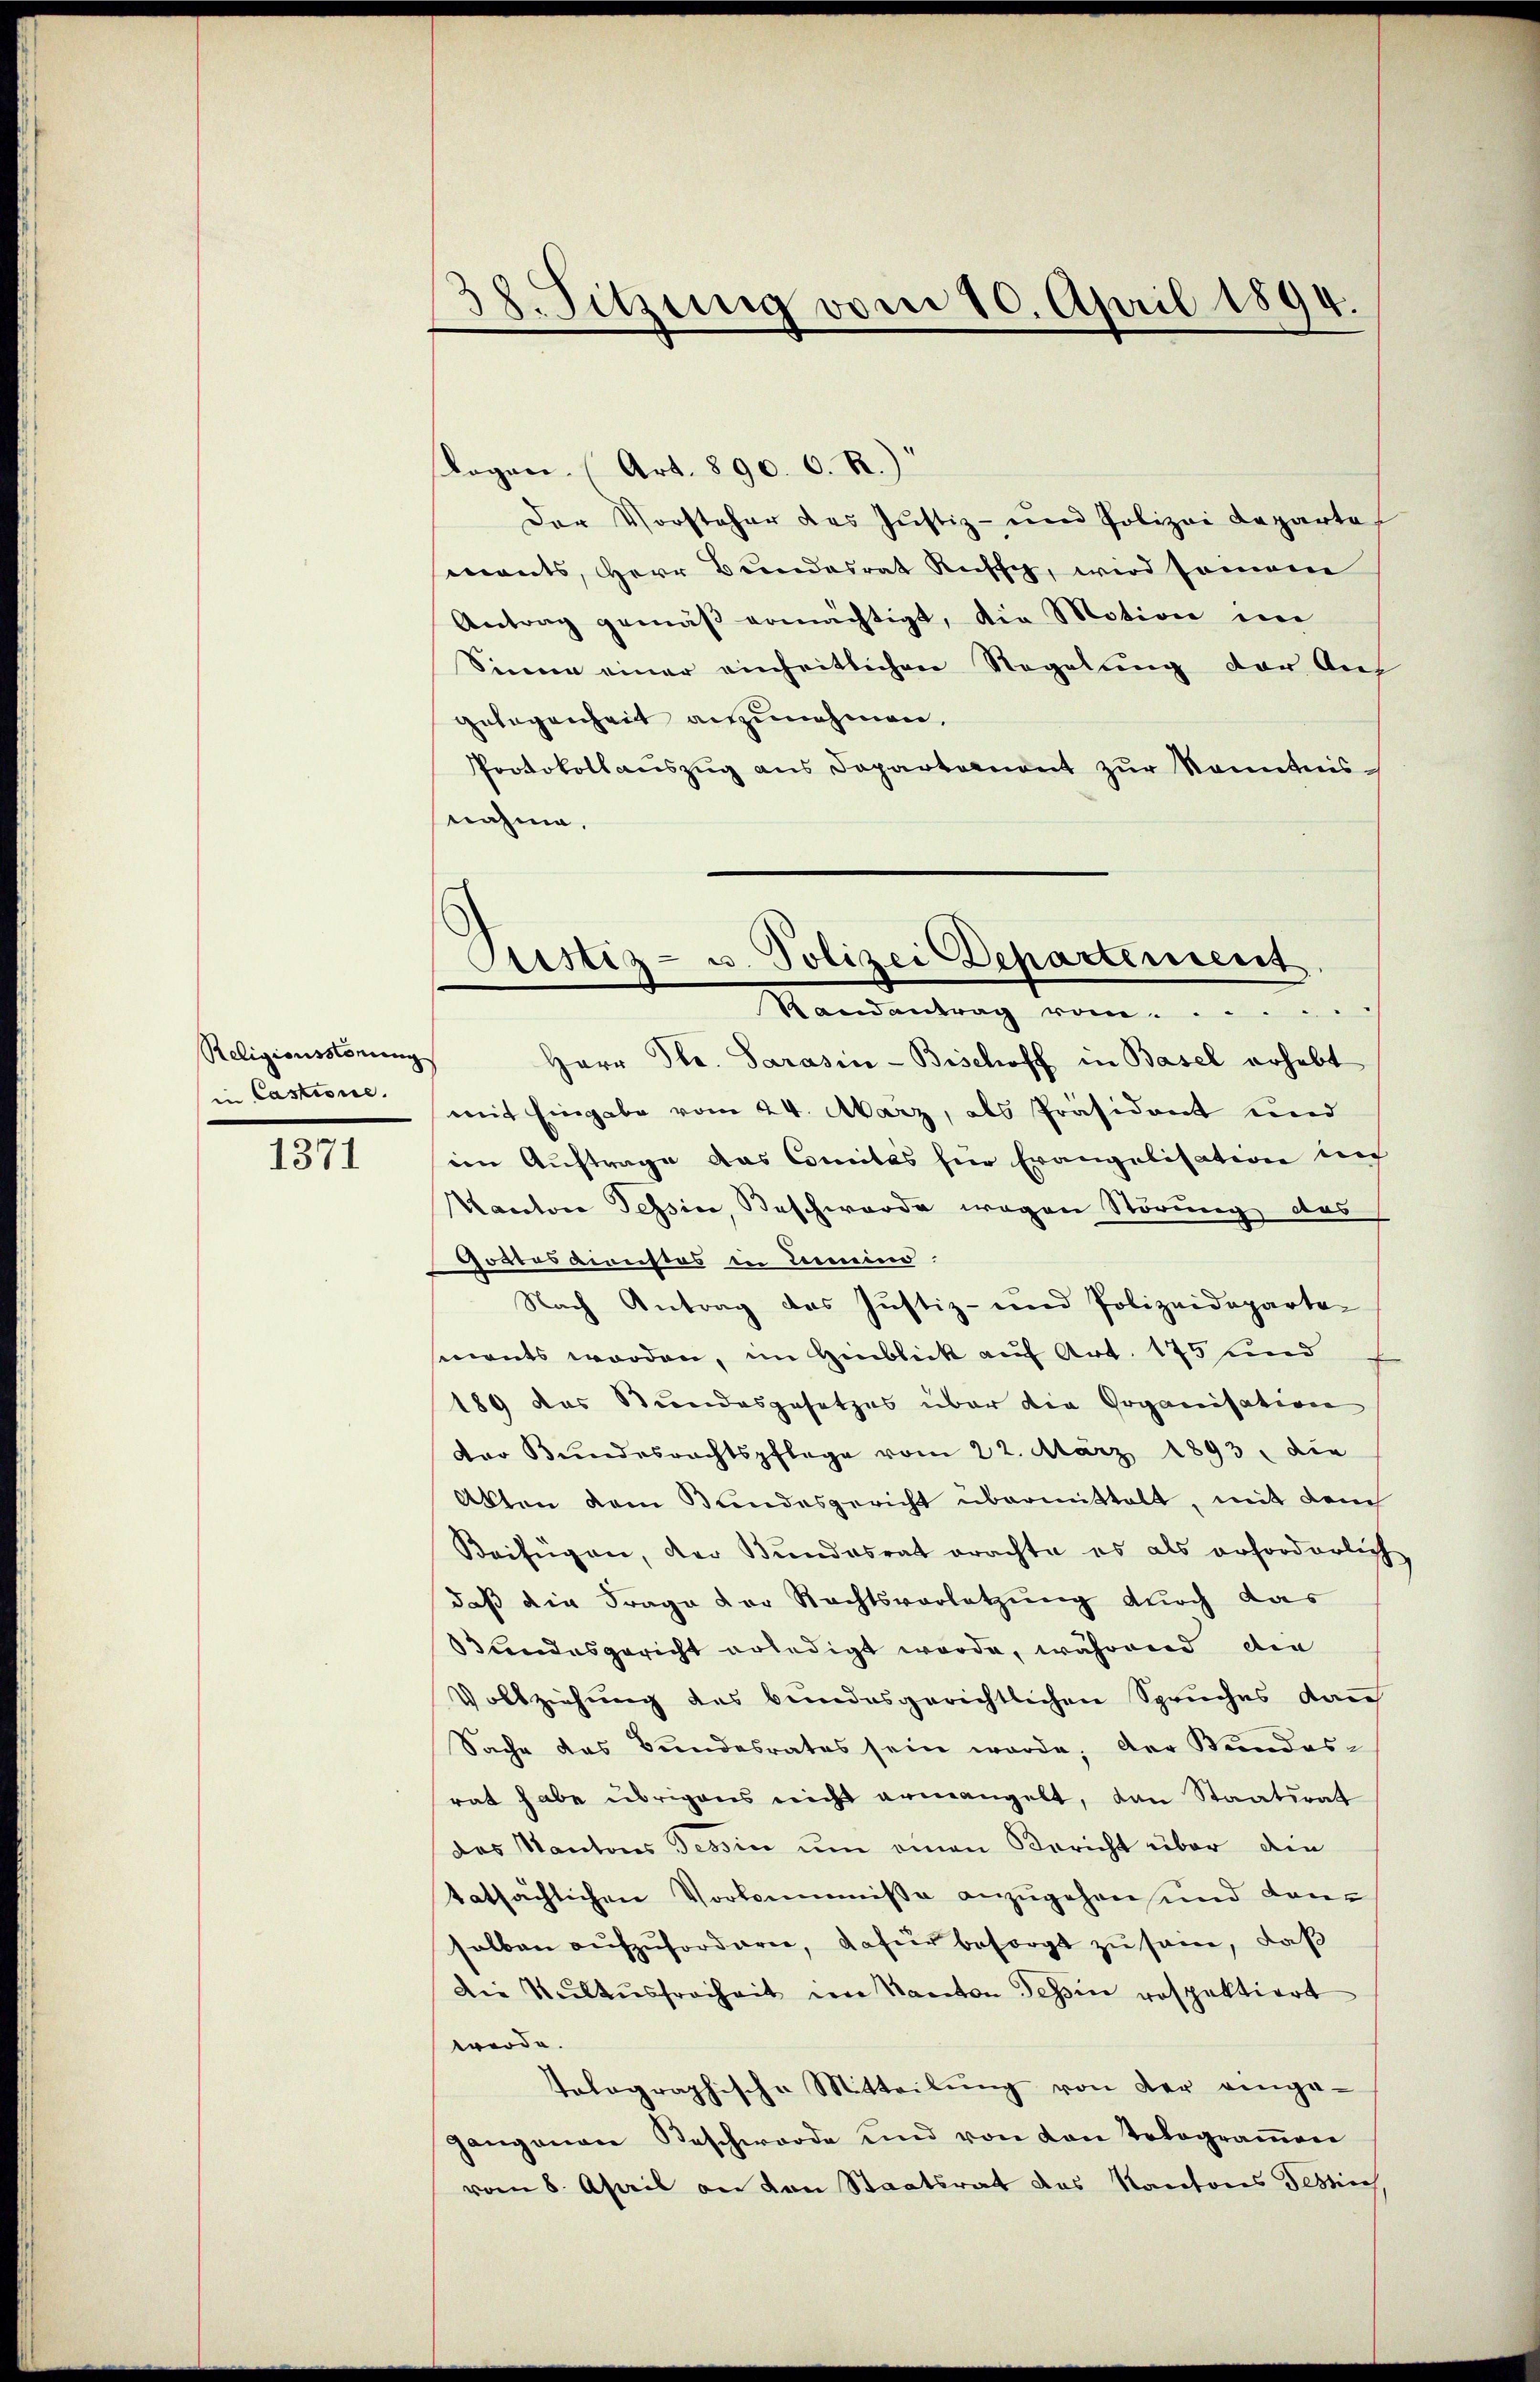
Religionsstörung
in Castione.

1371

38. Sitzung vom 10. April 1894.

Logen. (Art. 890. 6. R.)
Der Vorsteher des Justiz- und Polizei Departe
mants, Herr Bundesrat Russ, wird somane
Antrag gemäß ermächtigt, die Motion im
Sinne einer einheitlichen Regelung der Auf
Gelegenheit anzunehmen,
Protokoll auszug aus Departement zur Kenntnisnahme.
Herr Str. Sarasin-Bischoff in Basel erhebt
mit Eingabe vom 24. Marz, als Präsident und
ein Auftrage das Comités fier Evangelisation li
Kantone Tessin, Beschwerde wegen Störung, das
Gottesdienstos in Leemeind
Nach Antrag des Justiz- und Polizeideparte-
senants worden, im Hinblick auf Art. 175 und
189 das Stundesgesetzes über die Organisation
Der Bundesrechtspflege vom 22. März 1893, die
Akten dem Bundesgericht übermittelt, mit dem
Beifügen, der Bundesrat erachte es als erforderlich
daß die Frage der Rechtsvorletzung durch das
Bundesgericht erledigt werde, während die
Vollziehung des bundesgerichtlichen Spruches dan
Sache das Bundesrates sein werde, der Bundes-
rat habe übrigens nicht ermangelt, dan Staatsrat
das Kantons Tessin um einen Bericht über die
tatsächlichen Vorkommniße anzugehen und dansalben aufzuforderen, dafür besorgt zu sein, daß
Die Kultusfreiheit im Kanton Tessin rospektiert
werde.
tolographische Mitteilung von der eingegangenen Beschwerde und von von Tolograṁen
vom 8. April an den Staatsrat das Kantons Testich

Justiz- u. Polizei Departement
Randantrag vom....